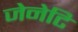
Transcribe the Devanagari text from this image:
जेनेटि